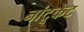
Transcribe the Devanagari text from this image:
नांटूकेट